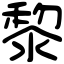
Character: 黎